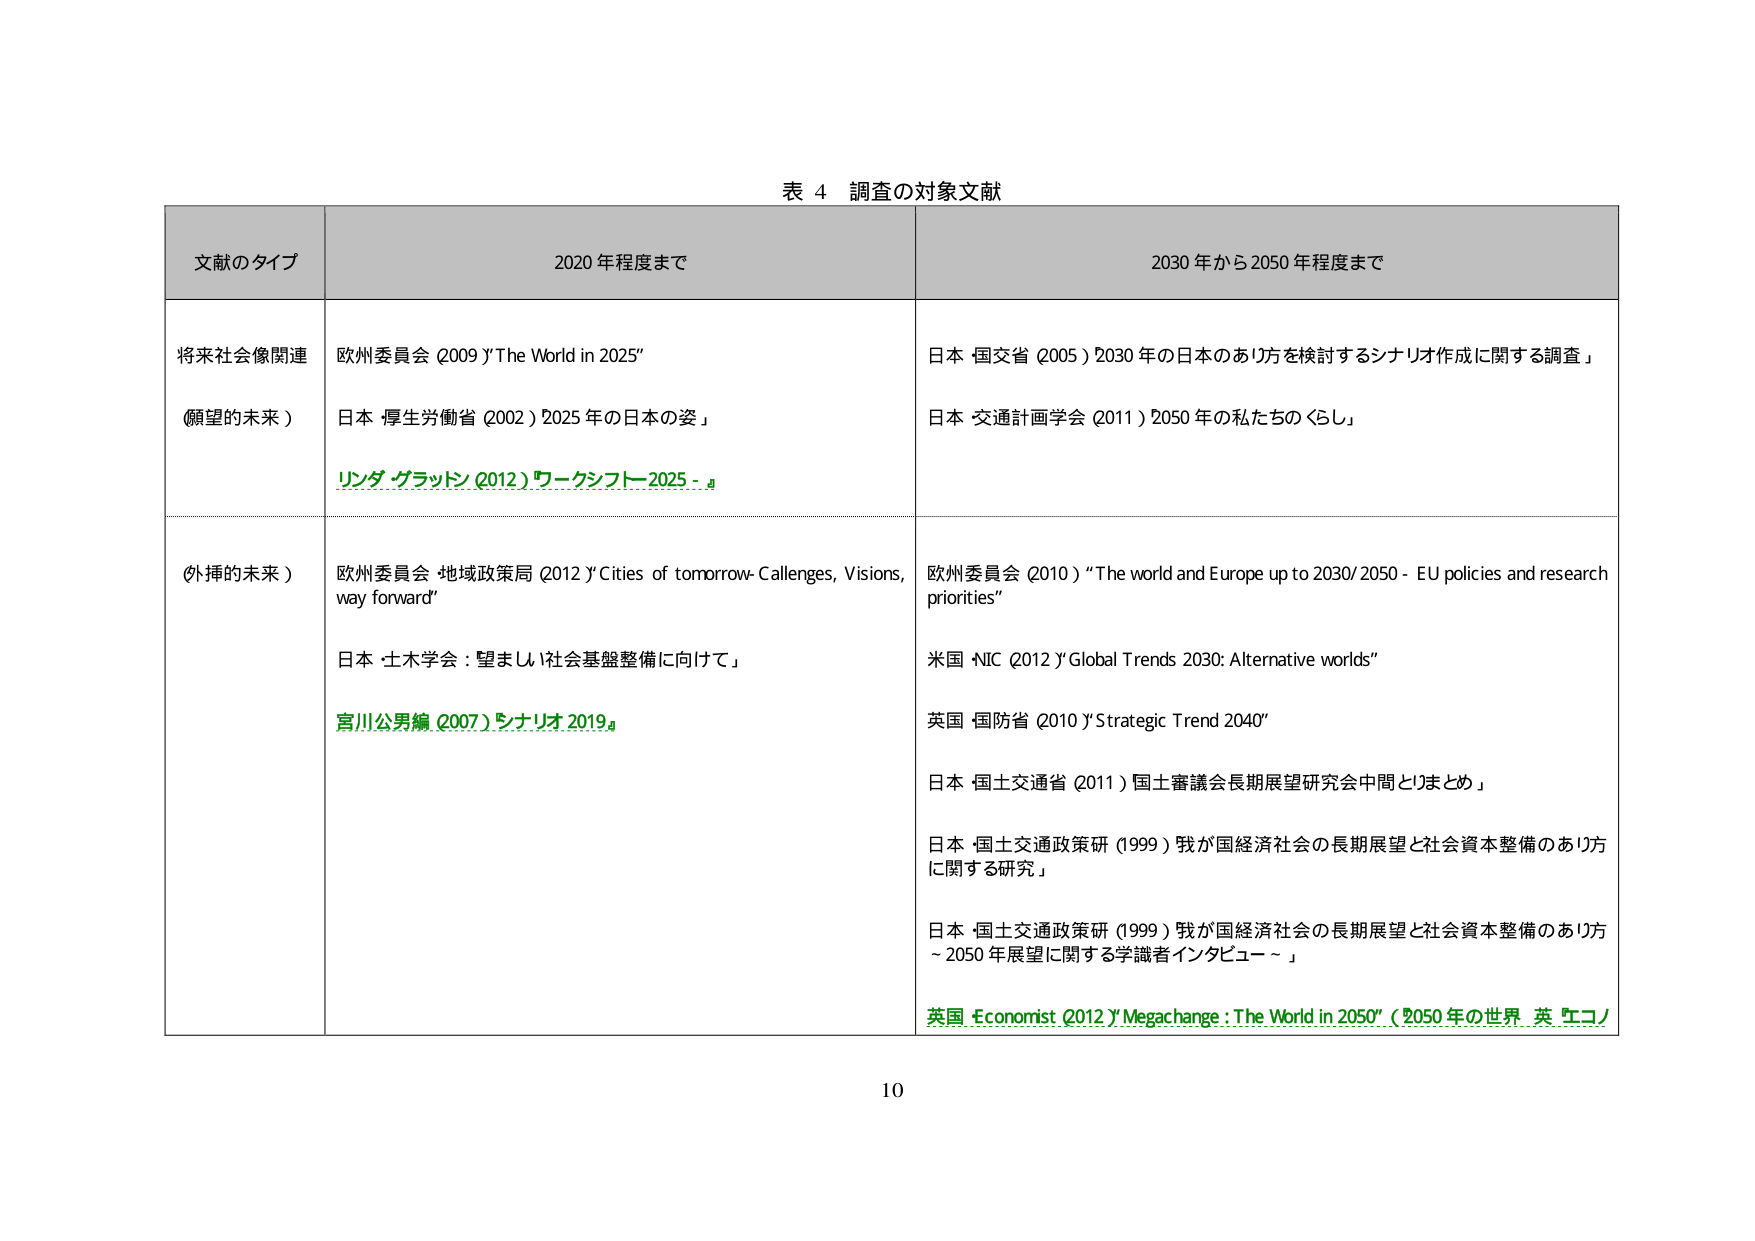
表 4 調査の対象文献

文献のタイプ 2020 年程度まで 2030 年から 2050 年程度まで

将来社会像関連
（願望的未来）
欧州委員会 (2009) "The World in 2025"
日本 厚生労働省 (2002) "2025 年の日本の姿"
リンダ・グラッドン (2012) "ワークシフトー2025 - "

日本 国交省 (2005) "2030 年の日本のあるべき姿を検討するシナリオ作成に関する調査"
日本 交通計画学会 (2011) "2050 年の私たちのくらし"

（外挿的未来）
欧州委員会 地域政策局 (2012) "Cities of tomorrow- Challenges, Visions, way forward"
日本 土木学会：望ましい社会基盤整備に向けて
宮川公男編 (2007) "シナリオ 2019"

欧州委員会 (2010) "The world and Europe up to 2030/2050 - EU policies and research priorities"
米国 NIC (2012) "Global Trends 2030: Alternative worlds"
英国 国防省 (2010) "Strategic Trend 2040"
日本 国土交通省 (2011) "国土審議会長期展望研究会中間とりまとめ"
日本 国土交通政策研 (1999) "我が国経済社会の長期展望と社会資本整備のあり方に関する研究"
日本 国土交通政策研 (1999) "我が国経済社会の長期展望と社会資本整備のあり方～2050 年展望に関する学識者インタビュー～"
英国 Economist (2012) "Megachange : The World in 2050"（2050 年の世界 英 エコノ

10